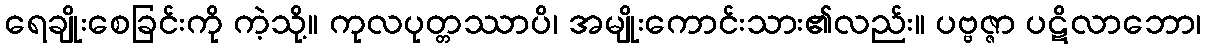
ရေချိုးစေခြင်းကို ကဲ့သို့။ ကုလပုတ္တဿာပိ၊ အမျိုးကောင်းသား၏လည်း။ ပဗ္ဗဇ္ဇာ ပဋိလာဘော၊